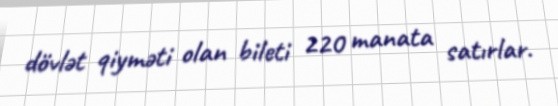
dövlət qiyməti olan bileti 220 manata satırlar.